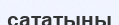
сататыны